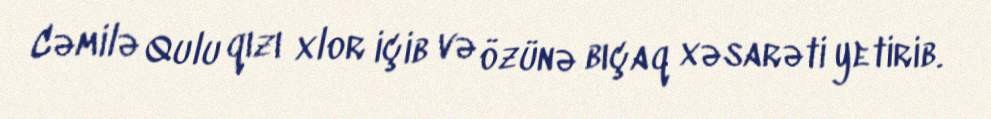
Cəmilə Qulu qızı xlor içib və özünə bıçaq xəsarəti yetirib.